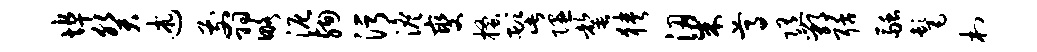
埠癸述翦略泥殉污澹燮搔髭隰罄狭梁尊随鄂聒融髦村